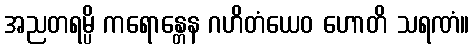
အညတရမ္ပိ ကရောန္တေန ဂဟိတံယေဝ ဟောတိ သရဏံ။